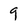
Character: 9